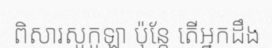
ពិសារសូកូឡា ប៉ុន្តែ តើអ្នកដឹង